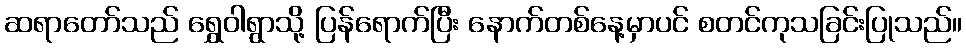
ဆရာတော်သည် ရွှေဝါရွာသို့ ပြန်ရောက်ပြီး နောက်တစ်နေ့မှာပင် စတင်ကုသခြင်းပြုသည်။